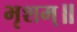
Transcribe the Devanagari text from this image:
भृशम्॥